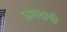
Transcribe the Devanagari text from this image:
ज्ञानदायी